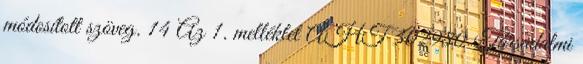
módosított szöveg. 14 Az 1. melléklet ÁHT 302980 Társadalmi